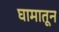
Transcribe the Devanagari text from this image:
घामातून